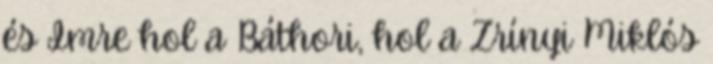
és Imre hol a Báthori, hol a Zrínyi Miklós